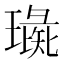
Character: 璏